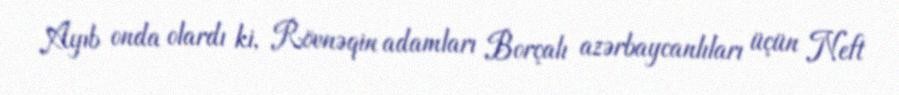
Ayıb onda olardı ki, Rövnəqin adamları Borçalı azərbaycanlıları üçün Neft